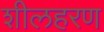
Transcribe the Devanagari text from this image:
शीलहरण